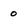
Character: 0